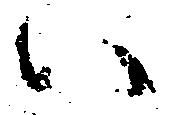
い